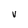
Character: V